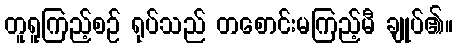
တူရူကြည့်စဉ် ရုပ်သည် တစောင်းမကြည့်မီ ချုပ်၏။